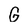
Character: G